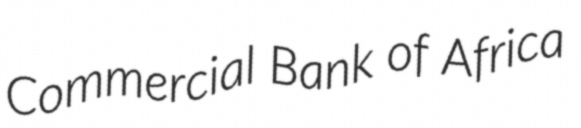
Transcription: Commercial Bank of Africa